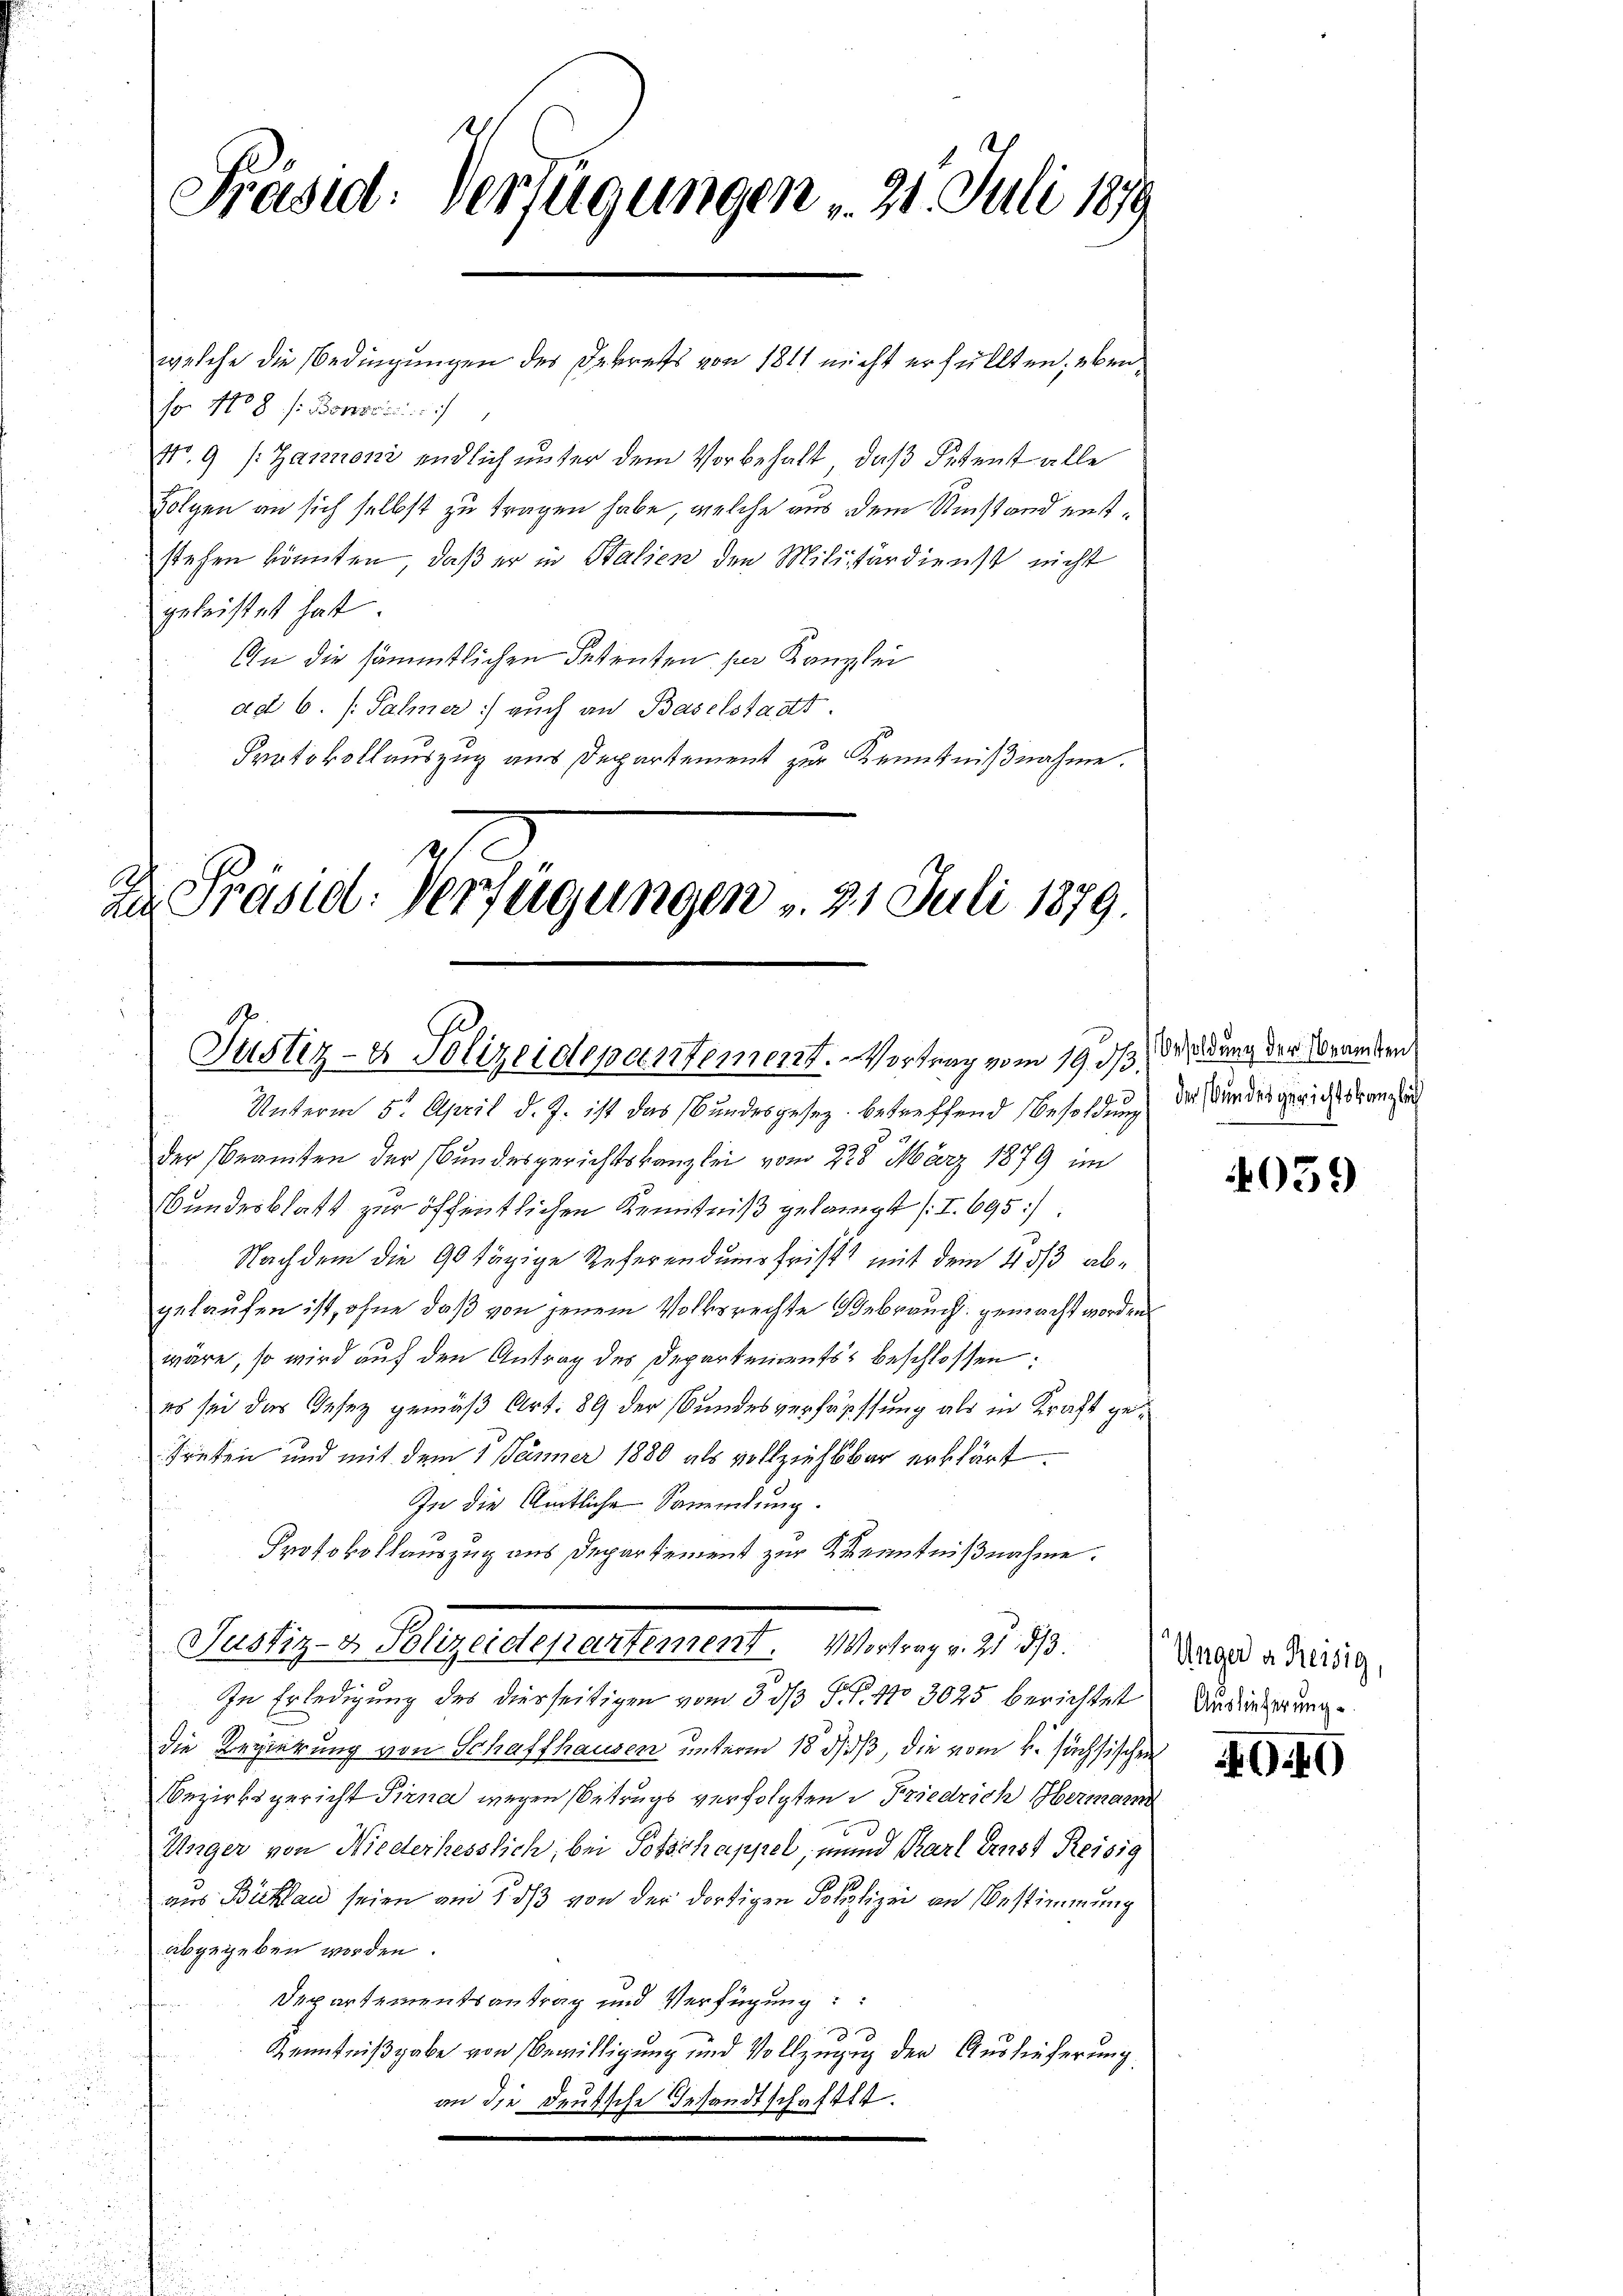
Präsid: Verfügungen 21. Juli 1879

welche die Bedingungen des Dekrets von 1811 nicht erfüllten, eben
sr 108 f. Bonerin
str. 9 (: Zanzoni endlich unter dem Vorbehalt, daß Petent alle
Folgen an sich selbst zu tragen habe, welche aus dem Umstand entstehen könnten, daß er in Stalien den Militärdienst nicht
geleistet hat
An die sämmtlichen Fastenten der Kanzlei
ad b. (: Sahner) auch an Baselstadt.
Protokollauszug aus Departement zur Kenntnißnahme.

I Präsid. Verfügungen v. 21. Juli 1879.
Justiz- & Polizeidepartement. Vortrag vom 19. dβ.

Unterm 5. April d. J. ist das Bundesgesez betreffend Besoldung
der Beamten der Bundesgerichtskanzlei vom 228. März 1879 im
Bundesblatt zur öffentlichen Kenntniß gelangt (I. 695.
Nachdem die 90 tägige Referendumsfrist mit dem 4 3/3 abgelaufen ist, ohne daß von jenem Volksrechte Bebrauch gemacht worden
wäre, so wird auf den Antrag des Departements beschlossen:
es sei das Gesez gemäß Art. 89 der Bundesverfäpffung als in Kraft ge¬
Freken und mit dem 1 Jänner 1880 als vollziehbar erklärt
In die Amtliche Sammlung
Protokollauszug aus Departement zur Kenntnißnahme.
Justiz- & Polizeidepartement. Vortrag v. 21. 33.
In Erledigung des diesseitigen vom 3. ds N. No 3025 berichtet Auslieferung
die Regierung von Schaffhausen unterm 18. daß, die vom 4. sächsischen
Bezirksgericht Sirna wegen Betrugs verfolgten Friedrich Hermann
Unger von Niederhesslich, bei Potschappel, mund Karl Ernst Reisig
aus Bichlau seien und , daß von der dortigen Polizei an Bestimmung
abgegeben worden.
Departementsantrag und Verfügung
Kenntnißgabe von Bewilligung und Vollzugung der Auslieferung
an die deutsche Gesandtschaftet.

Besoldung der beamten
der Bundesgerichtskanzlich

4059

Unger a Kessig,